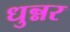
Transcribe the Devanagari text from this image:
धुन्नर